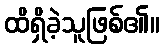
ထိရှိခဲ့သူဖြစ်၏။